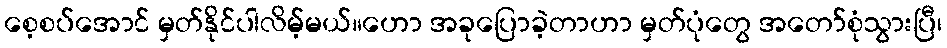
စေ့စပ်အောင် မှတ်နိုင်ပါလိမ့်မယ်။ဟော အခုပြောခဲ့တာဟာ မှတ်ပုံတွေ အတော်စုံသွားပြီ၊